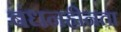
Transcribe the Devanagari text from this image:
बंधनहीनता